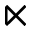
\ltimes